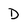
Character: D